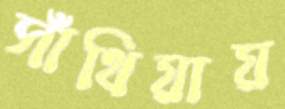
সাঁথিয়ায়